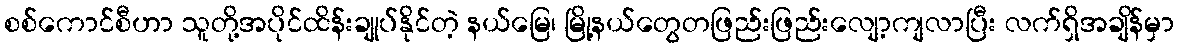
စစ်ကောင်စီဟာ သူတို့အပိုင်ထိန်းချုပ်နိုင်တဲ့ နယ်မြေ၊ မြို့နယ်တွေတဖြည်းဖြည်းလျော့ကျလာပြီး လက်ရှိအချိန်မှာ